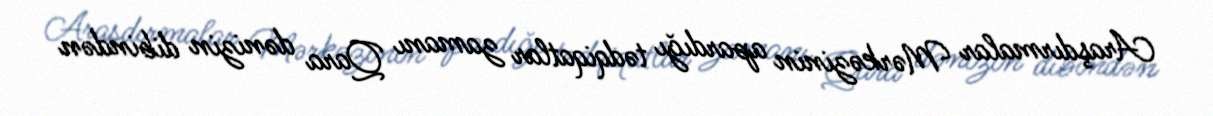
Araşdırmalar Mərkəzinin apardığı tədqiqatlar zamanı Qara dənizin dibindən